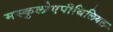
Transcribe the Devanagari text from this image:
मस्कुलोएपीथिलियल